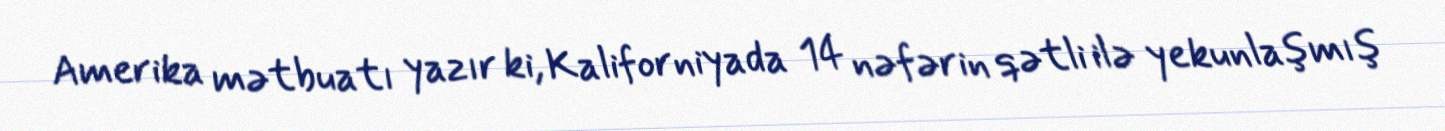
Amerika mətbuatı yazır ki, Kaliforniyada 14 nəfərin qətli ilə yekunlaşmış